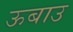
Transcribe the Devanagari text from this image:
ऊबाउ